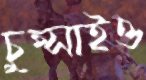
চুপ্‌সাইও